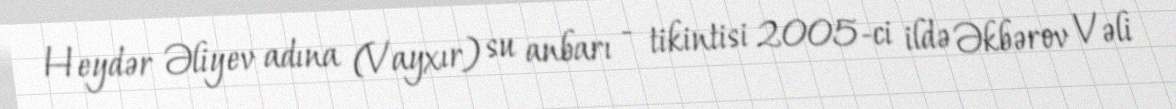
Heydər Əliyev adına (Vayxır) su anbarı - tikintisi 2005-ci ildə Əkbərov Vəli